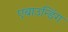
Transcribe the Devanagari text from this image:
एबाउन्डिंग